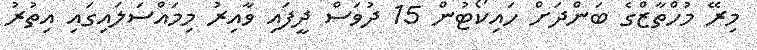
މިރޭ މުހްތާޒްގެ ބަންދަށް ހައިކޯޓުން 15 ދުވަސް ދީފައި ވާއިރު މިމައްސަލައިގައި އިތުރު